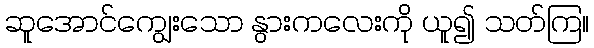
ဆူအောင်ကျွေးသော နွားကလေးကို ယူ၍ သတ်ကြ။